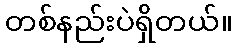
တစ်နည်းပဲရှိတယ်။